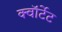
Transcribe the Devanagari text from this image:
क्वॉर्टेट